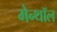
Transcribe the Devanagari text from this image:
मेन्थॉल